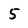
Character: 5